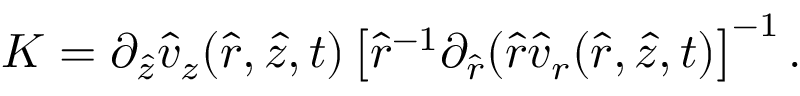
K = \partial _ { \hat { z } } \hat { v } _ { z } ( \hat { r } , \hat { z } , t ) \left[ \hat { r } ^ { - 1 } \partial _ { \hat { r } } ( \hat { r } \hat { v } _ { r } ( \hat { r } , \hat { z } , t ) \right] ^ { - 1 } .